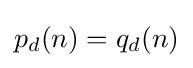
p_{d}(n)=q_{d}(n)